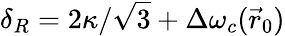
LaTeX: \delta_{R}=2\kappa/\sqrt 3+\Delta\omega_{c}(\vec{r}_{0})